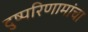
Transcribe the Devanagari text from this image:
दुष्परिणामांचा